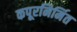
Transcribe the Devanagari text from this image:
कपूरनिर्मित